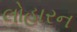
લોહારન